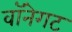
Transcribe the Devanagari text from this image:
वॉनेगट